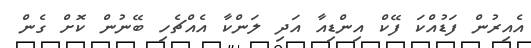
އެއިރުން ފަޑުއްކަ ފޭކް އިންޑިއާ އަދި ލަންކާ އެއްޗެހި ބޭނުން ކޮށް ގެން